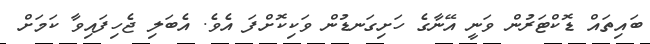
ބައިތައް ޑޮކްޓަރުން ވަނީ އޭނާގެ ހަށިގަނޑުން ވަކިކޮށްފަ އެވެ. އެބަލި ޖެހިފައިވާ ކަމަށް